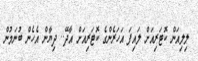
ލިލިއަން ކޮޓަރިއަށް ލައިފަ އަހަރެންގެ ކޮޓަރިއަށް އާދޭ.. ދިޔާން އެހެން ބުނަމުން